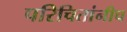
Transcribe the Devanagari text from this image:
परिचितांनीच